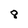
Character: 8